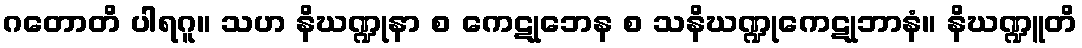
ဂတောတိ ပါရဂူ။ သဟ နိဃဏ္ဍုနာ စ ကေဋုဘေန စ သနိဃဏ္ဍုကေဋုဘာနံ။ နိဃဏ္ဍူတိ